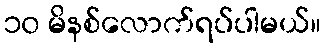
၁၀ မိနစ်လောက်ရပ်ပါမယ်။